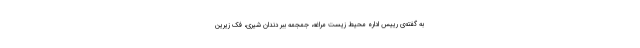
به گفته‌ی رییس اداره محیط زیست مراغه، جمجمه ببر دندان شیری، فک زیرین